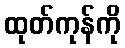
ထုတ်ကုန်ကို